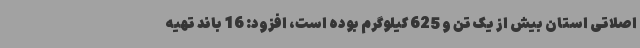
اصلاتی استان بیش از یک تن و 625 کیلوگرم بوده است، افزود: 16 باند تهیه